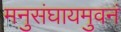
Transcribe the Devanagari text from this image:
मनुसंघायमुवनं